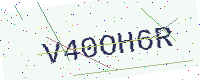
Text: V40OH6R